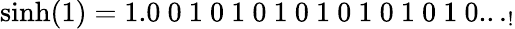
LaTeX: \sinh(1)=1.0\ 0\ 1\ 0\ 1\ 0\ 1\ 0\ 1\ 0\ 1\ 0\ 1\ 0\ 1\ 0..._{!}